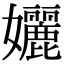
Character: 孋